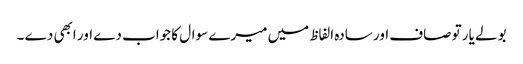
بولے یار تو صاف اور سادہ الفاظ میں میرے سوال کا جواب دے اور ابھی دے ۔